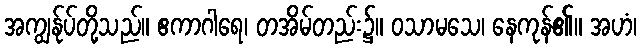
အကျွန်ုပ်တို့သည်။ ဧကာဂါရေ၊ တအိမ်တည်း၌။ ဝသာမသေ၊ နေကုန်၏။ အဟံ၊